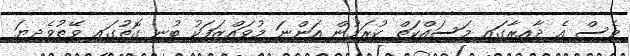
ވެސް އެ ދާއިރާގައި މަސައްކަތް ކުރަމުން އަންނަ މުވައްޒަފަކު ބުނި ގޮތުގައި ވޭތުވެދިޔަ